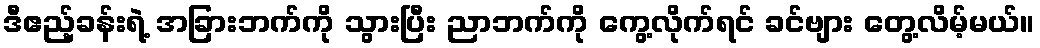
ဒီဧည့်ခန်းရဲ့ အခြားဘက်ကို သွားပြီး ညာဘက်ကို ကွေ့လိုက်ရင် ခင်ဗျား တွေ့လိမ့်မယ်။